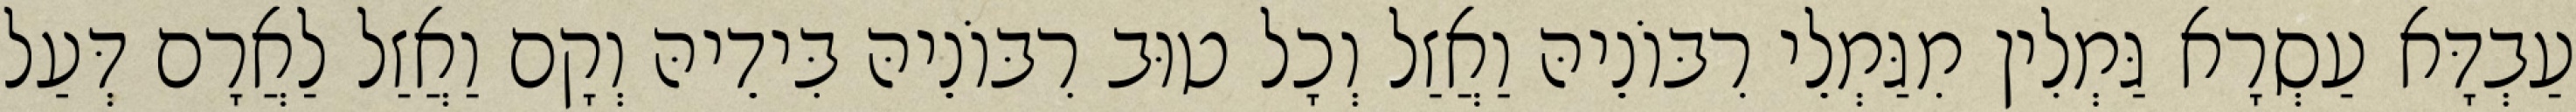
עַבְדָּא עַסְרָא גַּמְלִין מִגַּמְלֵי רִבּוֹנֵיהּ וַאֲזַל וְכָל טוּב רִבּוֹנֵיהּ בִּידֵיהּ וְקָם וַאֲזַל לַאֲרָם דְּעַל